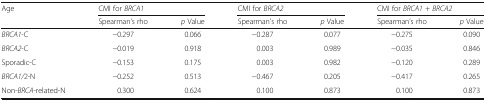
<table><thead><tr><td rowspan="2"><b>Age</b></td><td colspan="2"><b>CMI for <i>BRCA1</i></b></td><td colspan="2"><b>CMI for <i>BRCA2</i></b></td><td colspan="2"><b>CMI for <i>BRCA1</i> + <i>BRCA2</i></b></td></tr><tr><td><b>Spearman’s rho</b></td><td><b><i>p</i> Value</b></td><td><b>Spearman’s rho</b></td><td><b><i>p</i> Value</b></td><td><b>Spearman’s rho</b></td><td><b><i>p</i> Value</b></td></tr></thead><tbody><tr><td><i>BRCA1</i>-C</td><td>−0.297</td><td>0.066</td><td>−0.287</td><td>0.077</td><td>−0.275</td><td>0.090</td></tr><tr><td><i>BRCA2</i>-C</td><td>−0.019</td><td>0.918</td><td>0.003</td><td>0.989</td><td>−0.035</td><td>0.846</td></tr><tr><td>Sporadic-C</td><td>−0.153</td><td>0.175</td><td>0.003</td><td>0.982</td><td>−0.120</td><td>0.289</td></tr><tr><td><i>BRCA1/</i>2-N</td><td>−0.252</td><td>0.513</td><td>−0.467</td><td>0.205</td><td>−0.417</td><td>0.265</td></tr><tr><td>Non-<i>BRCA</i>-related-N</td><td>0.300</td><td>0.624</td><td>0.100</td><td>0.873</td><td>0.100</td><td>0.873</td></tr></tbody></table>